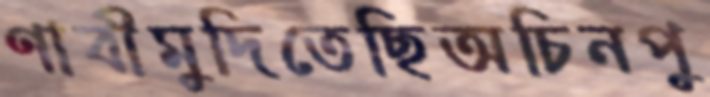
ণাবীমুদিতেছিঅচিনপু